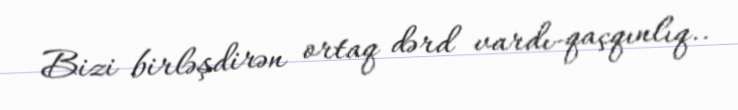
Bizi birləşdirən ortaq dərd vardı-qaçqınlıq..